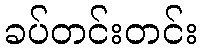
ခပ်တင်းတင်း